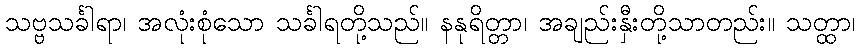
သဗ္ဗသင်္ခါရာ၊ အလုံးစုံသော သင်္ခါရတို့သည်။ နနုရိတ္တာ၊ အချည်းနှီးတို့သာတည်း။ သတ္ထာ၊